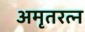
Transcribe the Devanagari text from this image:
अमृतरत्न